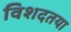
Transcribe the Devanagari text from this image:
विशदतया